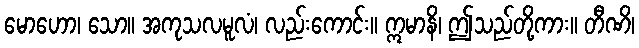
မောဟော၊ သော။ အကုသလမူလံ၊ လည်းကောင်း။ ဣမာနိ၊ ဤသည်တို့ကား။ တီဏိ၊